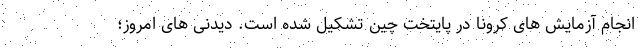
انجام آزمایش های کرونا در پایتخت چین تشکیل شده است. دیدنی های امروز؛